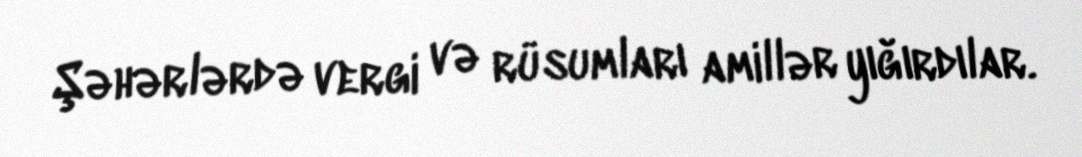
Şəhərlərdə vergi və rüsumları amillər yığırdılar.